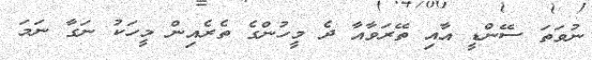
ނުވަތަ ސޭންޑީ އާއި ތޭރަވާއާ ދެ މީހުންގެ ތެރެއިން މީހަކު ނަގާ ނަމަ